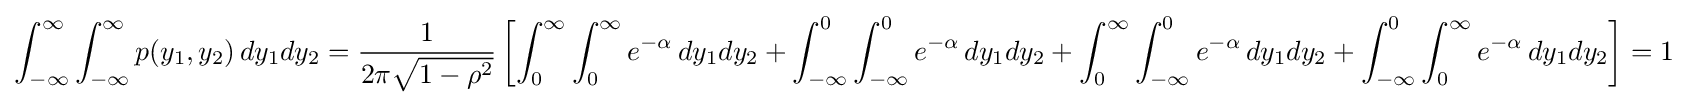
\int _{-\infty }^{\infty }\int _{-\infty }^{\infty }p(y_{1},y_{2})\,dy_{1}dy_{2}={\frac {1}{2\pi {\sqrt {1-\rho ^{2}}}}}\left[\int _{0}^{\infty }\int _{0}^{\infty }e^{-\alpha }\,dy_{1}dy_{2}+\int _{-\infty }^{0}\int _{-\infty }^{0}e^{-\alpha }\,dy_{1}dy_{2}+\int _{0}^{\infty }\int _{-\infty }^{0}e^{-\alpha }\,dy_{1}dy_{2}+\int _{-\infty }^{0}\int _{0}^{\infty }e^{-\alpha }\,dy_{1}dy_{2}\right]=1